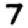
Digit: 7